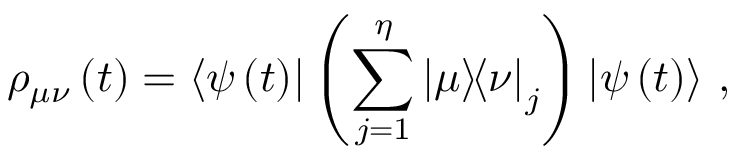
\rho _ { \mu \nu } \left( t \right) = \mathinner { \langle { \psi \left( t \right) } | } \left( \sum _ { j = 1 } ^ { \eta } \mathinner { | { \mu } \rangle } \! \! \mathinner { \langle { \nu } | } _ { j } \right) \mathinner { | { \psi \left( t \right) } \rangle } \, ,